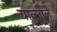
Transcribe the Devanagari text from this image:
चाल्नीले